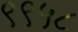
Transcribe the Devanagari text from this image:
९९५८